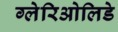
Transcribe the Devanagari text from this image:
ग्लेरिओलिडे